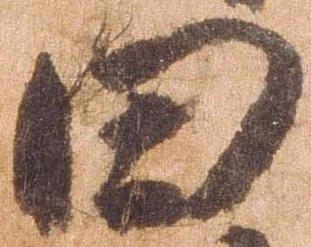
田